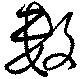
数